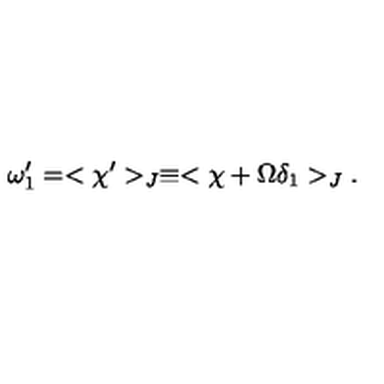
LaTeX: \omega _ { 1 } ^ { \prime } = < \chi ^ { \prime } > _ { J } \equiv < \chi + \Omega \delta _ { 1 } > _ { J } .